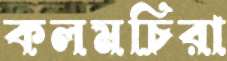
কলমচিরা